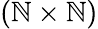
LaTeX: (\mathbb{N}\times\mathbb{N})